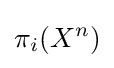
\pi _{i}(X^{n})